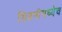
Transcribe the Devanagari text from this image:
सिडनीमध्येच